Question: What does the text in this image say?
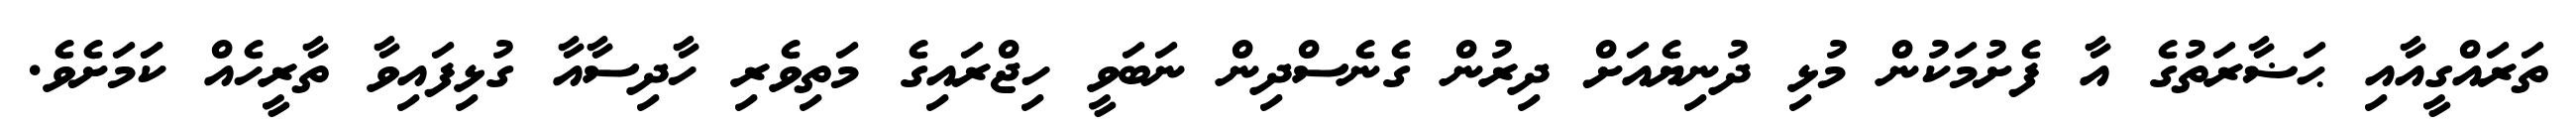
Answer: ތަރައްގީއާއި ޙަޟާރަތުގެ އާ ފެށުމަކުން މުޅި ދުނިޔެއަށް ދިރުން ގެނެސްދިން ނަބަވީ ހިޖްރައިގެ މަތިވެރި ހާދިސާއާ ގުޅިފައިވާ ތާރީހެއް ކަަމަށެވެ.